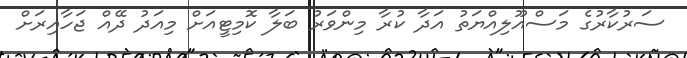
ސަރުކާރުގެ މަސްއޫލިއްޔަތު އަދާ ކުރާ މިންވަރު ބަލާ ކޮމިޓީއަށް މިއަދު ދޭއް ޖަހާއިރަށް